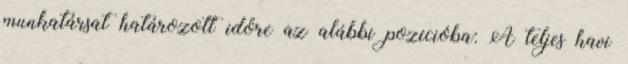
munkatársat határozott időre az alábbi pozícióba: A teljes havi